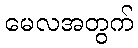
မေလအတွက်